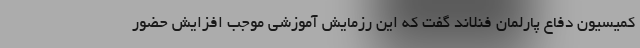
کمیسیون دفاع پارلمان فنلاند گفت که این رزمایش آموزشی موجب افزایش حضور